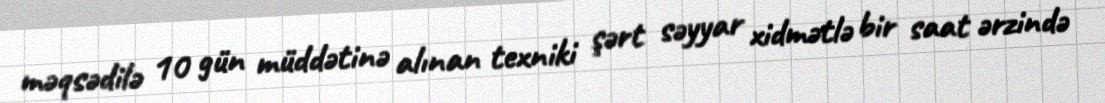
məqsədilə 10 gün müddətinə alınan texniki şərt səyyar xidmətlə bir saat ərzində